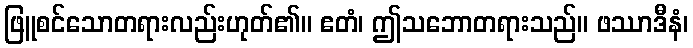
ဖြူစင်သောတရားလည်းဟုတ်၏။ ဧတံ၊ ဤသဘောတရားသည်။ ဖဿာဒီနံ၊